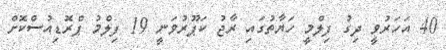
40 އަހަރުވީ ދިގު ފިލްމީ ހަޔާތުގައި ރާޖު ކަޕޫރުވަނީ 19 ފިލްމު ޕްރޮޑިއުސްކޮށް